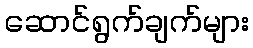
ဆောင်ရွက်ချက်များ